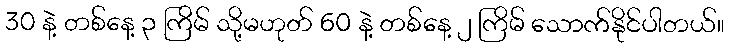
30 နဲ့ တစ်နေ့ ၃ ကြိမ် သို့မဟုတ် 60 နဲ့ တစ်နေ့ ၂ ကြိမ် သောက်နိုင်ပါတယ်။